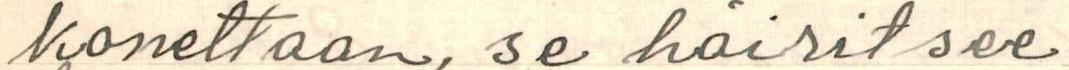
konettaan, se häiritsee